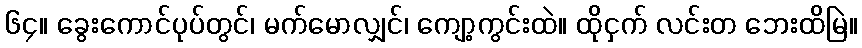
၆၄။ ခွေးကောင်ပုပ်တွင်၊ မက်မောလျှင်၊ ကျော့ကွင်းထဲ။ ထိုငှက် လင်းတ ဘေးထိမြဲ။